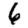
Digit: 6